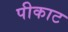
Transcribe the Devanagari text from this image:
पीकाट